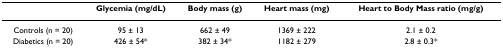
|  | Glycemia (mg/dL) | Body mass (g) | Heart mass (mg) | Heart to Body Mass ratio (mg/g) |
 | --- | --- | --- | --- | --- |
 | Controls (n = 20) | 95 ± 13 | 662 ± 49 | 1369 ± 222 | 2.1 ± 0.2 |
 | Diabetics (n = 20) | 426 ± 54* | 382 ± 34* | 1182 ± 279 | 2.8 ± 0.3* |